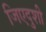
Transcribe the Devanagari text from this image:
जिएदुशी